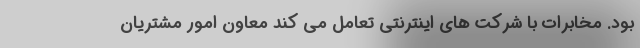
بود. مخابرات با شرکت های اینترنتی تعامل می کند معاون امور مشتریان